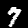
Digit: 7